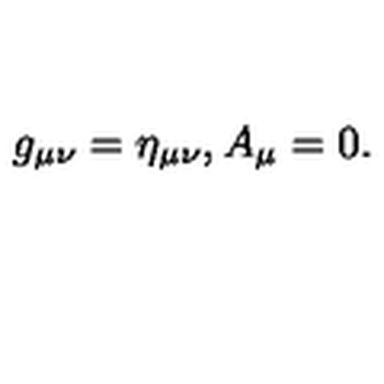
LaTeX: g _ { \mu \nu } = \eta _ { \mu \nu } , A _ { \mu } = 0 .